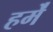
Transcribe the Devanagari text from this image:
हमे॑